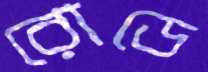
রোডে